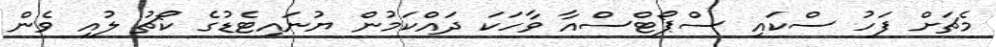
މެޗަށް ފަހު ސްކައި ސްޕޯޓްސްއާ ވާހަކަ ދައްކަމުން ޔުނައިޓެޑުގެ ކޯޗު ލުއި ވެން